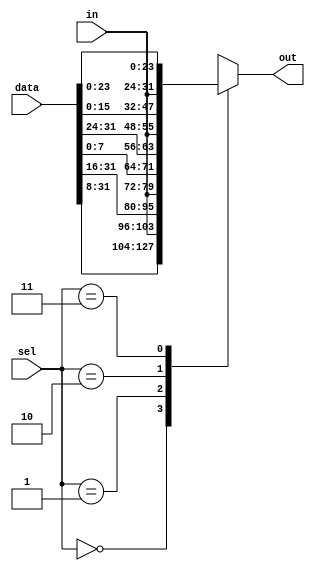
`timescale 1ns / 1ps
//////////////////////////////////////////////////////////////////////////////////
// Company: 
// Engineer: 
// 
// Design Name: 
// Module Name: get_num_for_sb
// Project Name: 
// Target Devices: 
// Tool Versions: 
// Description: 
// 
// Dependencies: 
// 
// Revision:
// Revision 0.01 - File Created
// Additional Comments:
// 
//////////////////////////////////////////////////////////////////////////////////


module get_num_for_sb(in,sel,data,out);
    input [7:0] in;
    input [1:0] sel;
    input [31:0] data;
    output reg[31:0] out;
    always@(*) begin
        case(sel)
            2'b00:
                begin
                    out = {data[31:8],in};
                end
            2'b01:
                begin
                    out = {data[31:16],in,data[7:0]};
                end
            2'b10:
                begin
                    out = {data[31:24],in,data[15:0]};
                end
            2'b11:
                begin
                    out = {in,data[23:0]};
                end
        endcase
    end
    
endmodule